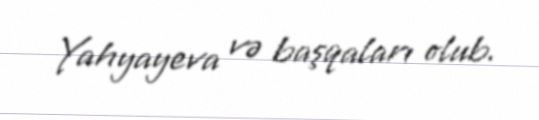
Yahyayeva və başqaları olub.